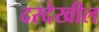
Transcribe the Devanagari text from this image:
दरदेखील